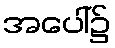
အပေါ်၌